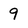
Character: 9